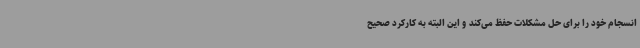
انسجام خود را برای حل مشکلات حفظ می‌کند و این البته به کارکرد صحیح